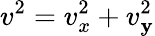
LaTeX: v^{2}=v_{x}^{2}+v_{\mathbf{y}}^{2}